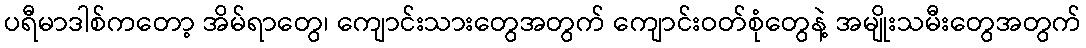
ပရီမာဒါစ်ကတော့ အိမ်ရာတွေ၊ ကျောင်းသားတွေအတွက် ကျောင်းဝတ်စုံတွေနဲ့ အမျိုးသမီးတွေအတွက်